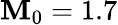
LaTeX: \mathbf{M}_{0}=1.7